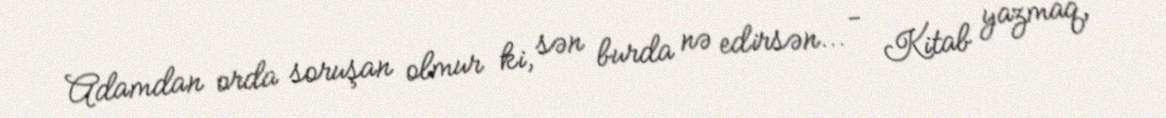
Adamdan orda soruşan olmur ki, sən burda nə edirsən... - Kitab yazmaq,